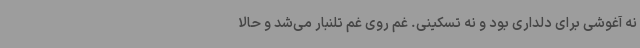
نه آغوشی برای دلداری بود و نه تسکینی. غم روی غم تلنبار می‌شد و حالا